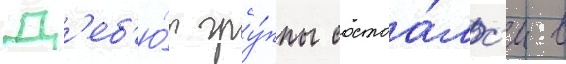
Д'еб'ю́т гру́ппы состоа́лс'я в